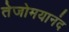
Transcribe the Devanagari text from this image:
तेजोमयानंद